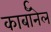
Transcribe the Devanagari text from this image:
कार्बाॅनेल